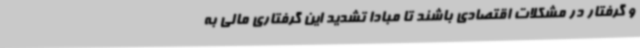
و گرفتار در مشکلات اقتصادی باشند تا مبادا تشدید این گرفتاری مالی به